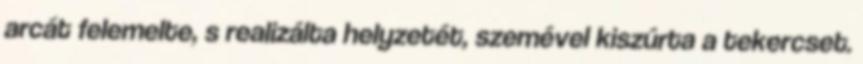
arcát felemelte, s realizálta helyzetét, szemével kiszúrta a tekercset.